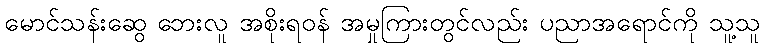
မောင်သန်းဆွေ ဘေးလူ အစိုးရဝန် အမှုကြားတွင်လည်း ပညာအရောင်ကို သူ့သူ